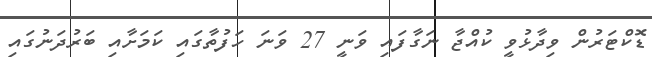
ޑޮކްޓަރުން ވިދާޅުވީ ކުއްޖާ ނަގާފައި ވަނީ 27 ވަނަ ހަފުތާގައި ކަމަށާއި ބަރުދަނުގައި